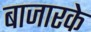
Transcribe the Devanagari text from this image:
बाजारके